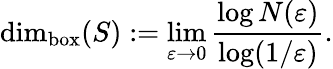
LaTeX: \dim_{\mathrm{{box}}}(S):=\operatorname*{lim}_{\varepsilon\to 0}{\frac{\log N(\varepsilon)}{\log(1/\varepsilon)}}.